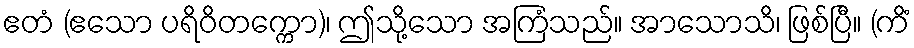
ဧတံ (ဧသော ပရိဝိတက္ကော)၊ ဤသို့သော အကြံသည်။ အာသောသိ၊ ဖြစ်ပြီ။ (ကိံ